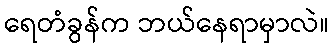
ရေတံခွန်က ဘယ်နေရာမှာလဲ။